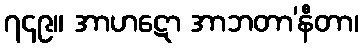
၇၄၉။ အာဟဋော အာဘတာ’နီတာ၊